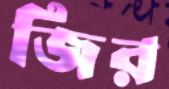
জির